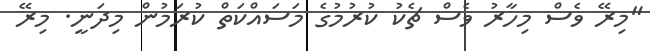
"މިރޭ ވެސް މިހާރު ވެސް ޗެކު ކުރުމުގެ މަސައްކަތް ކުރަމުން މިދަނީ. މިރޭ